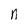
Character: n